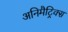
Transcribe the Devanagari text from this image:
अनिमैट्रिक्स